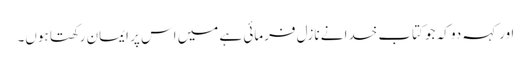
اور کہہ دو کہ جو کتاب خدا نے نازل فرمائی ہے میں اس پر ایمان رکھتا ہوں۔